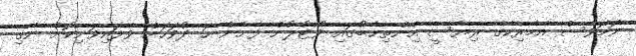
ނަމަވެސް އެމެރިކާގެ ރިޔާސީ އިންތިޚާބުގައި ވޯޓުލުން ފެށެން ހަ ދުވަހަށް ވެފައިވަނިކޮށް ނެގި